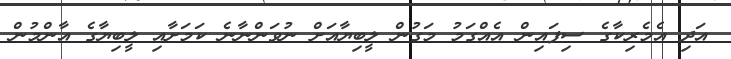
އަދި އެމެރިކާގެ ސިފައިން އެއްގަމު މަގުން ލީބިޔާއަށް ނުވަންނާނެ ކަމަށާއި ލީބިޔާގެ އާންމުން